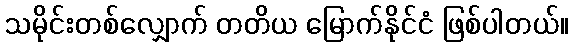
သမိုင်းတစ်လျှောက် တတိယ မြောက်နိုင်ငံ ဖြစ်ပါတယ်။